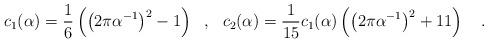
LaTeX: \begin{align*}c_1(\alpha)=\frac 16 \left(\left(2\pi \alpha^{-1}\right)^2-1\right)~~,~~c_2(\alpha)={1 \over 15} c_1(\alpha)\left(\left(2\pi \alpha^{-1}\right)^2+11\right)~~~.\end{align*}